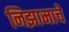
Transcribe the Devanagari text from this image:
निझामाचे